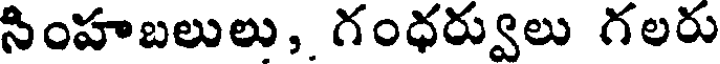
సింహబలులు, గంధర్వులు గలరు